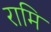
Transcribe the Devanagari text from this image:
रामि